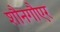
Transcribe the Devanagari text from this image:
शौनगौएर